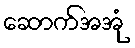
ဆောက်အအုံ